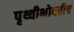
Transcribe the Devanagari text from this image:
पृथ्वीभोवतीच